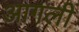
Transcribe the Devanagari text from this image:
आगली